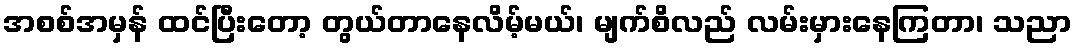
အစစ်အမှန် ထင်ပြီးတော့ တွယ်တာနေလိမ့်မယ်၊ မျက်စိလည် လမ်းမှားနေကြတာ၊ သညာ